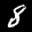
Label: 8